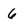
Character: 6